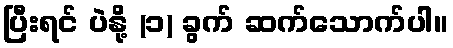
ပြီးရင် ပဲနို့ (၁) ခွက် ဆက်သောက်ပါ။